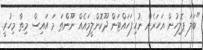
"ބަލަ ޕޮލިހުން އަހަރެން ނުހިފަހައްޓަން ދޫކޮށްލީމައެއް ނޫންތަ މަ އައިސް މިތާ މިހުރީ.